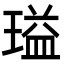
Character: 𬎃